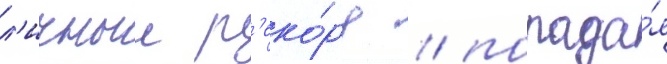
л'ичныи р'еко́рд / попада́я